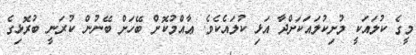
މީގެ ކުލައަކީ މުށިކުލައަކަށްދާ އަޅި ކުލައެކެވެ. ޢާއްމުކޮށް ބޭހަށް ބޭނުން ކުރަނީ ބުރޮޅިގެ